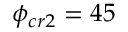
\phi _ { c r 2 } = 4 5 \